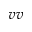
v v